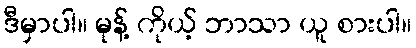
ဒီမှာပါ။ မုန့် ကိုယ့် ဘာသာ ယူ စားပါ။